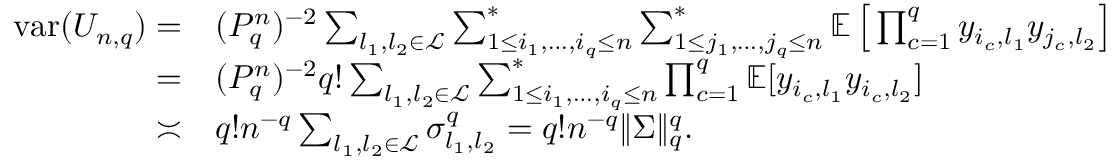
\begin{array} { r l } { { \mathrm { v a r } } ( U _ { n , q } ) = } & { ( P _ { q } ^ { n } ) ^ { - 2 } \sum _ { l _ { 1 } , l _ { 2 } \in \mathcal { L } } \sum _ { 1 \le i _ { 1 } , \ldots , i _ { q } \le n } ^ { * } \sum _ { 1 \le j _ { 1 } , \ldots , j _ { q } \le n } ^ { * } \mathbb { E } \left[ \, \prod _ { c = 1 } ^ { q } y _ { i _ { c } , l _ { 1 } } y _ { j _ { c } , l _ { 2 } } \right] } \\ { = } & { ( P _ { q } ^ { n } ) ^ { - 2 } q ! \sum _ { l _ { 1 } , l _ { 2 } \in \mathcal { L } } \sum _ { 1 \le i _ { 1 } , \ldots , i _ { q } \le n } ^ { * } \prod _ { c = 1 } ^ { q } \mathbb { E } [ y _ { i _ { c } , l _ { 1 } } y _ { i _ { c } , l _ { 2 } } ] } \\ { \asymp } & { q ! n ^ { - q } \sum _ { l _ { 1 } , l _ { 2 } \in \mathcal { L } } \sigma _ { l _ { 1 } , l _ { 2 } } ^ { q } = q ! n ^ { - q } \| \Sigma \| _ { q } ^ { q } . } \end{array}